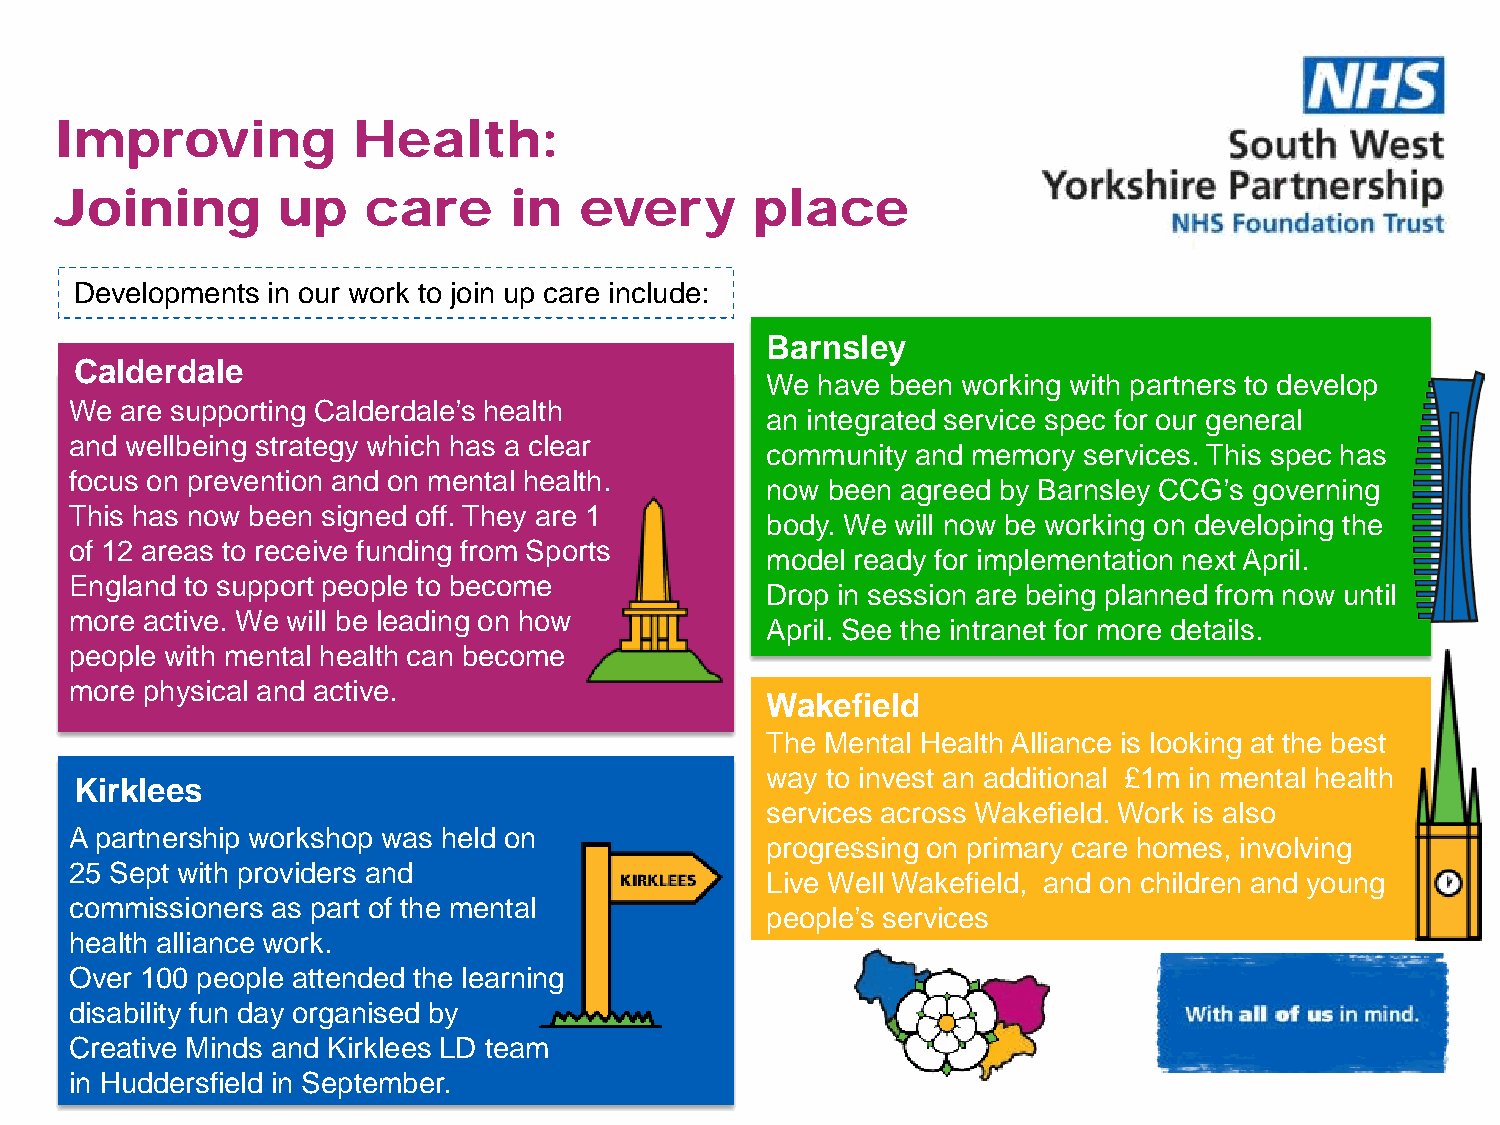
Improving          Health:
 Joining       up    care      in  every       place
 Developments in our work to join up care include:
 Barnsley
 Calderdale
 We have been working with partners to develop
 We are supporting Calderdale’s health
 an integrated service spec for our general
 and wellbeing strategy which has a clear
 community and memory services. This spec has
 focus on prevention and on mental health.
 now been agreed by Barnsley CCG’s governing
 This has now been signed off. They are 1
 body. We will now be working on developing the
 of 12 areas to receive funding from Sports
 model ready for implementation next April.
 England to support people to become
 Drop in session are being planned from now until
 more active. We will be leading on how
 April. See the intranet for more details.
 people with mental health can become
 more physical and active.
 Wakefield
 The Mental Health Alliance is looking at the best
 way to invest an additional £1m in mental health
 Kirklees
 services across Wakefield. Work is also
 A partnership workshop was held on
 progressing on primary care homes, involving
 25 Sept with providers and
 Live Well Wakefield, and on children and young
 commissioners as part of the mental
 people’s services
 health alliance work.
 Over 100 people attended the learning
 disability fun day organised by
 Creative Minds and Kirklees LD team
 in Huddersfield in September.